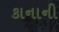
કાનાની